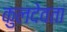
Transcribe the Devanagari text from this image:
कुलदेवतां